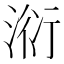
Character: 𣶹